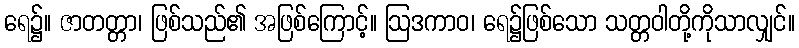
ရေ၌။ ဇာတတ္တာ၊ ဖြစ်သည်၏ အဖြစ်ကြောင့်။ ဩဒကာဝ၊ ရေ၌ဖြစ်သော သတ္တဝါတို့ကိုသာလျှင်။